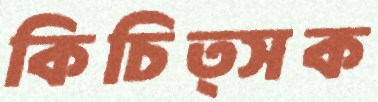
কিচিত্সক